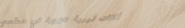
أكلات ليبية شهيرة في مطعم